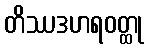
တိဿဒဟရဝတ္ထု